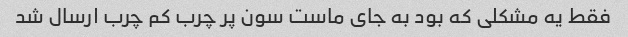
فقط یه مشکلی که بود به جای ماست سون پر چرب کم چرب ارسال شد